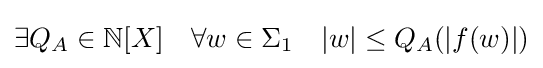
\exists Q_{A}\in \mathbb {N} [X]\quad \forall w\in \Sigma _{1}\quad |w|\leq Q_{A}(|f(w)|)